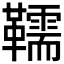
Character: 𩍥